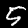
Label: 5